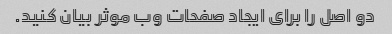
دو اصل را برای ایجاد صفحات وب موثر بیان کنید.